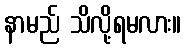
နာမည် သိလို့ရမလား။